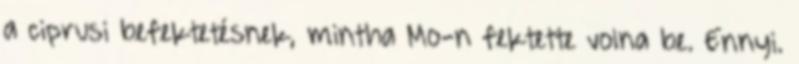
a ciprusi befektetésnek, mintha Mo-n fektette volna be. Ennyi.